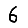
Digit: 6